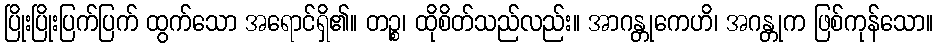
ပြိုးပြိုးပြက်ပြက် ထွက်သော အရောင်ရှိ၏။ တဉ္စ၊ ထိုစိတ်သည်လည်း။ အာဂန္တုကေဟိ၊ အဂန္တုက ဖြစ်ကုန်သော။